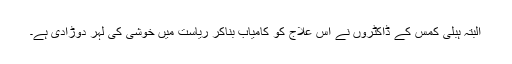
البتہ ہبلی کمس کے ڈاکٹروں نے اس علاج کو کامیاب بناکر ریاست میں خوشی کی لہر دوڑادی ہے۔